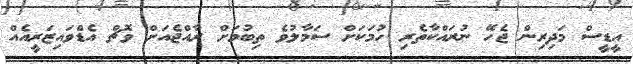
އީޑީސް މަދިރިން ޖެހޭ ނުރައްކާތެރި ހުމަކަށް ސަމާލުވެ ތިބުމަށް ރާއްޖެއަށް ވޮޗް އެޑްވައިޒަރީއެއް